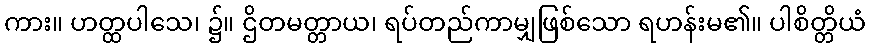
ကား။ ဟတ္ထပါသေ၊ ၌။ ဌိတမတ္တာယ၊ ရပ်တည်ကာမျှဖြစ်သော ရဟန်းမ၏။ ပါစိတ္တိယံ